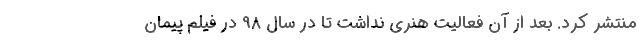
منتشر کرد. بعد از آن فعالیت هنری نداشت تا در سال 98 در فیلم پیمان